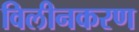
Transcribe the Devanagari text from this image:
विलीनकरण